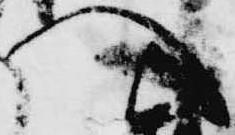
へ